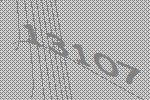
13107